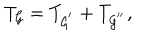
T _ { { \cal G } } = T _ { { \cal G } ^ { ^ { \prime } } } + T _ { { \cal G } ^ { ^ { \prime \prime } } } ,